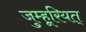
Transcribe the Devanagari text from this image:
जुम्हूरियत्